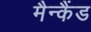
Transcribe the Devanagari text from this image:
मैन्कैंड